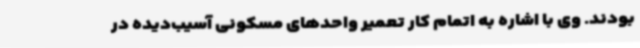
بودند. وی با اشاره به اتمام کار تعمیر واحدهای مسکونی آسیب‌دیده در